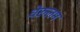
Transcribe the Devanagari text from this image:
वेरुलम